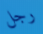
رجل